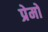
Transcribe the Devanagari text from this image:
प्रेमो